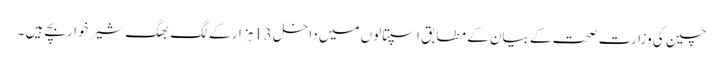
چین کی وزارت صحت کے بیان کے مطابق اسپتالوں میں داخل 13ہزار کے لگ بھگ شیر خواربچے ہیں ۔